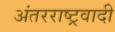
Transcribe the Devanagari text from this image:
अंतरराष्ट्रवादी